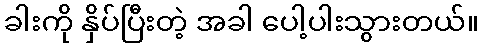
ခါးကို နှိပ်ပြီးတဲ့ အခါ ပေါ့ပါးသွားတယ်။